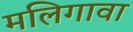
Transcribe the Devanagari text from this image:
मलिगावा